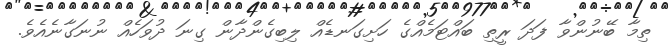
ތިމާ ބޭނުންވާ ފަދަ ރީތި ބައްޓަމެއްގެ ހަށިގަނޑެއް ލިބިގެންދާން ގިނަ ދުވަހެއް ނުނަގާނެއެވެ.